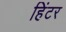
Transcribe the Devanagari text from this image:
हिंटर